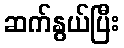
ဆက်နွယ်ပြီး